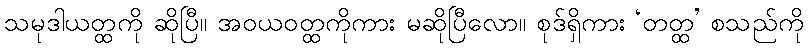
သမုဒါယတ္ထကို ဆိုပြီ။ အဝယဝတ္ထကိုကား မဆိုပြီလော။ စုဒ်ရှိကား ‘တတ္ထ’ စသည်ကို